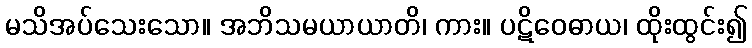
မသိအပ်သေးသော။ အဘိသမယာယာတိ၊ ကား။ ပဋိဝေဓာယ၊ ထိုးထွင်း၍